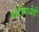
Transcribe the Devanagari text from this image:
धोटीमध्येही